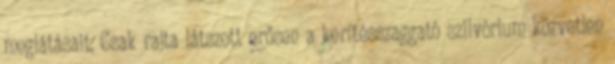
meglátásait. Csak rajta látszott erősen a kerítésszaggató szilvórium közvetlen